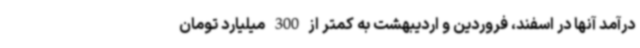
درآمد آنها در اسفند، فروردین و اردیبهشت به کمتر از 300 میلیارد تومان